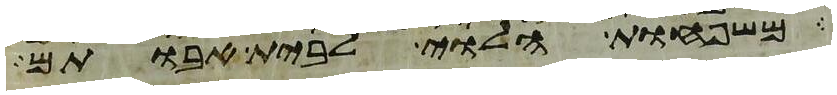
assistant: משפחות הלוי לבית אבותם